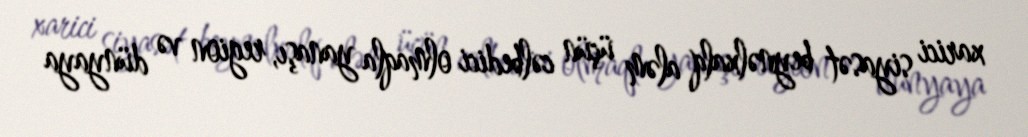
xarici siyasət beynəlxalq aləm üçün cəlbedici olmaqla yanaşı, region və dünyaya